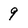
Character: 9